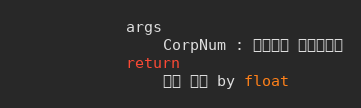
Language: Python
            args
                CorpNum : 팝빌회원 사업자번호
            return
                전송 단가 by float